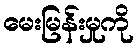
မေးမြန်းမှုကို